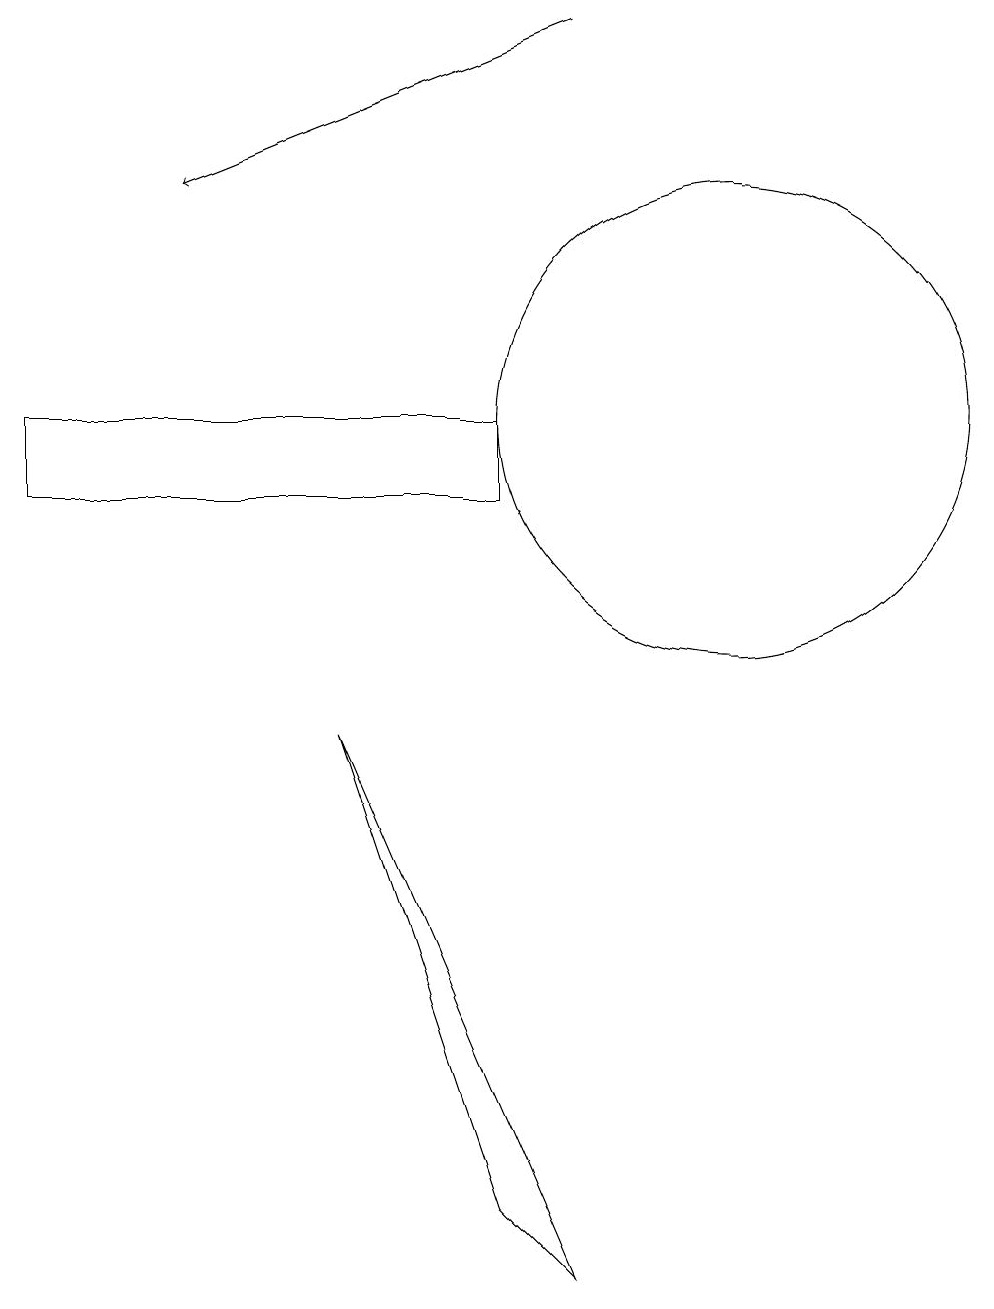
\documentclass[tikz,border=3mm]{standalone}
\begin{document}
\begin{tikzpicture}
\draw (2,11) rectangle (8,10);
\draw (11,11) circle (3);
\draw[->] (9,16) -- (4,14);
\draw (8,1) -- (6,7) -- (9,0) -- cycle;
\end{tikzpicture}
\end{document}